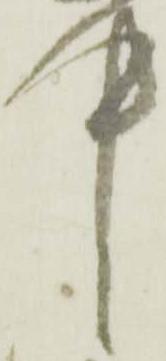
中